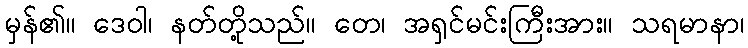
မှန်၏။ ဒေဝါ၊ နတ်တို့သည်။ တေ၊ အရှင်မင်းကြီးအား။ သရမာနာ၊